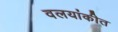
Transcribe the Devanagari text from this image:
वलयांकीत